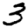
Digit: 3